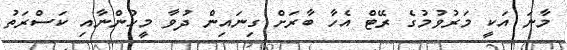
މާނަ އަކީ މަރުވުމުގެ ރޭޓް އެހާ ބާރަށް ގިިނައިން ދުވާ މީހުންނާއި ކަސްރަތު